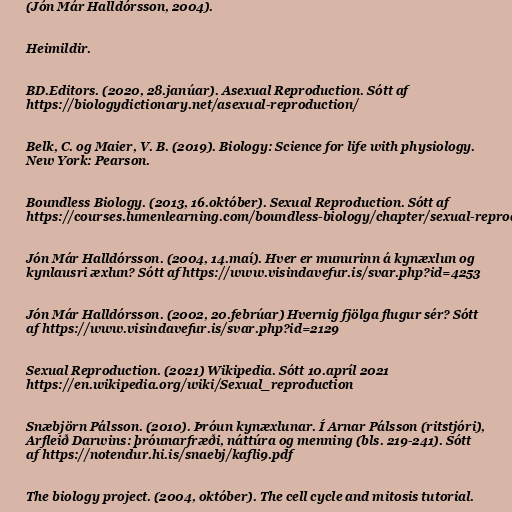
(Jón Már Halldórsson, 2004).

Heimildir.

BD.Editors. (2020, 28.janúar). Asexual Reproduction. Sótt af
https://biologydictionary.net/asexual-reproduction/

Belk, C. og Maier, V. B. (2019). Biology: Science for life with physiology.
New York: Pearson.

Boundless Biology. (2013, 16.október). Sexual Reproduction. Sótt af
https://courses.lumenlearning.com/boundless-biology/chapter/sexual-reproduction/

Jón Már Halldórsson. (2004, 14.maí). Hver er munurinn á kynæxlun og
kynlausri æxlun? Sótt af https://www.visindavefur.is/svar.php?id=4253

Jón Már Halldórsson. (2002, 20.febrúar) Hvernig fjölga flugur sér? Sótt
af https://www.visindavefur.is/svar.php?id=2129

Sexual Reproduction. (2021) Wikipedia. Sótt 10.apríl 2021
https://en.wikipedia.org/wiki/Sexual_reproduction

Snæbjörn Pálsson. (2010). Þróun kynæxlunar. Í Arnar Pálsson (ritstjóri),
Arfleið Darwins: þróunarfræði, náttúra og menning (bls. 219-241). Sótt
af https://notendur.hi.is/snaebj/kafli9.pdf

The biology project. (2004, október). The cell cycle and mitosis tutorial.